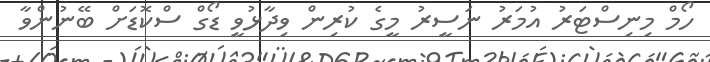
ހޯމް މިނިސްޓަރު އުމަރު ނަސީރު މީގެ ކުރިން ވިދާޅުވީ ޑޯގް ސްކޮޑަށް ބޭނުންވާ